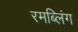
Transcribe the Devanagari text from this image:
रमब्लिंग